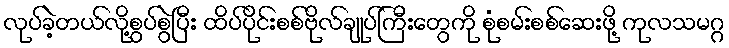
လုပ်ခဲ့တယ်လို့စွပ်စွဲပြီး ထိပ်ပိုင်းစစ်ဗိုလ်ချုပ်ကြီးတွေကို စုံစမ်းစစ်ဆေးဖို့ ကုလသမဂ္ဂ